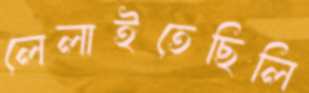
লেলাইতেছিলি